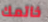
خاتمك